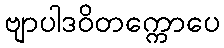
ဗျာပါဒဝိတက္ကောပေ